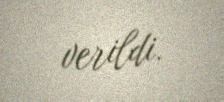
verildi.